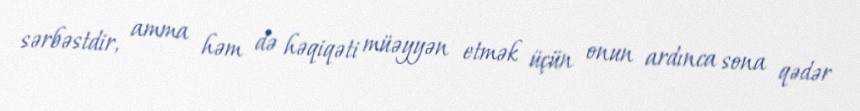
sərbəstdir, amma həm də həqiqəti müəyyən etmək üçün onun ardınca sona qədər